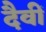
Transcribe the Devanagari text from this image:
दैवीं